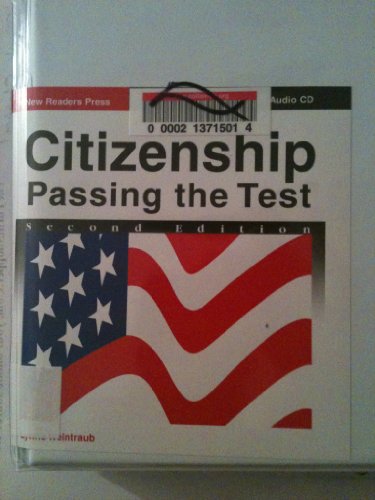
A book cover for Citizenship: Passing the Test Literacy - Low Beginning; Lynne Weintraub; Test Preparation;